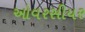
ઓવરસીયર